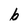
Character: 6